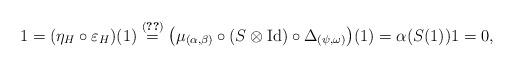
LaTeX: \begin{gather*}1= ( \eta _{H}\circ \varepsilon _{H} ) (1) \overset{\eqref{form:1}}{=}\big( \mu _{(\alpha ,\beta )}\circ (S\otimes \operatorname{Id} ) \circ \Delta _{(\psi ,\omega )}\big) (1 ) =\alpha ( S(1) ) 1=0,\end{gather*}